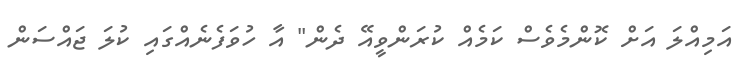
އަމިއްލަ އަށް ކޮންމެވެސް ކަމެއް ކުރަންވީއޭ ދެން" އާ ހުވަފެނެއްގައި ކުލަ ޖައްސަން